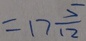
= 1 7 \frac { 5 } { 1 2 }